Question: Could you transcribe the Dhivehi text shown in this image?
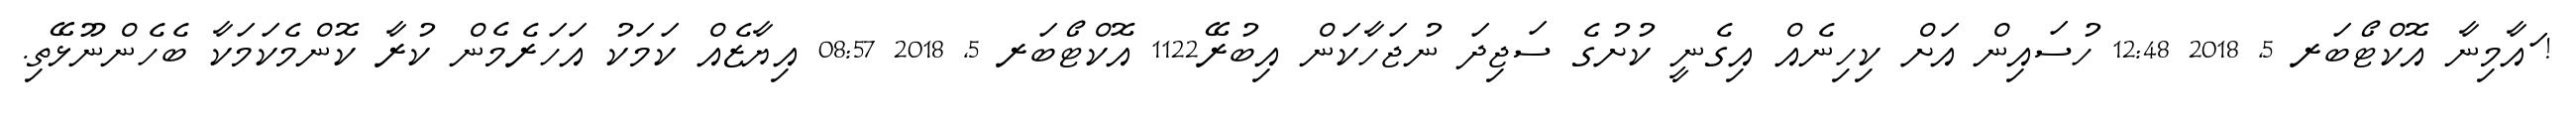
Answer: ! ައާމިނާ އޮކްޓޯބަރ 5, 2018 12:48 ހުސައިން އަށް ކިހިނެއް އިގެނީ ކުށުގެ ސަޖިދަ ނުޖަހާކަން އިބުރޭ1122 އޮކްޓޯބަރ 5, 2018 08:57 އިޔާޒެއް ކަމަކު އަހަރެމެން ކުރާ ކޮންމެކަމަކާ ބެހެންނޫޅޭތި.